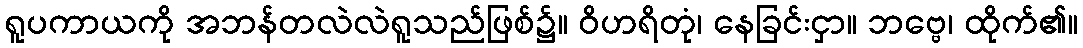
ရူပကာယကို အဘန်တလဲလဲရူသည်ဖြစ်၌။ ဝိဟရိတုံ၊ နေခြင်းငှာ။ ဘဗ္ဗေ၊ ထိုက်၏။